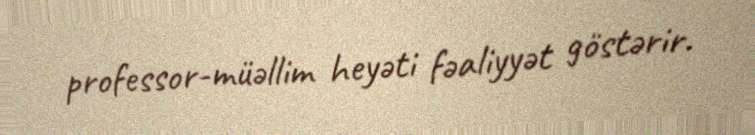
professor-müəllim heyəti fəaliyyət göstərir.